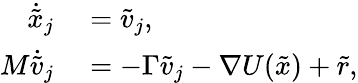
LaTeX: \begin{array}{rl}{\dot{\tilde{x}}_{j}}&{{}=\tilde{v}_{j},}\\ {M\dot{\tilde{v}}_{j}}&{{}=-\Gamma\tilde{v}_{j}-\nabla U(\tilde{x})+\tilde{r},}\end{array}